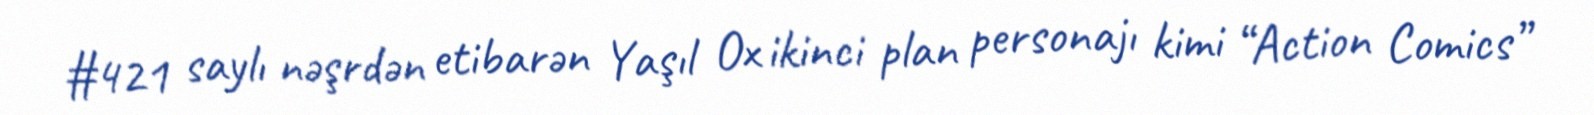
#421 saylı nəşrdən etibarən Yaşıl Ox ikinci plan personajı kimi “Action Comics”